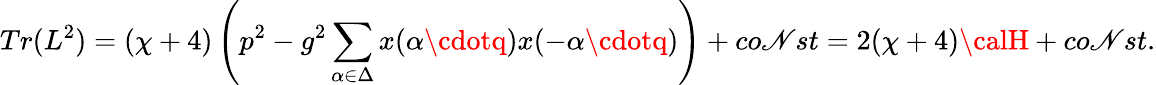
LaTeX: Tr(L^{2})=(\chi+4)\left(p^{2}-g^{2}\sum_{\alpha\in\Delta}x(\alpha\cdotq)x(-\alpha\cdotq)\right)+co\mathscr{N}st=2(\chi+4){\calH}+co\mathscr{N}st.